Indian journal of veterinary science and animal husbandry - Volume 5,
Year: 1935
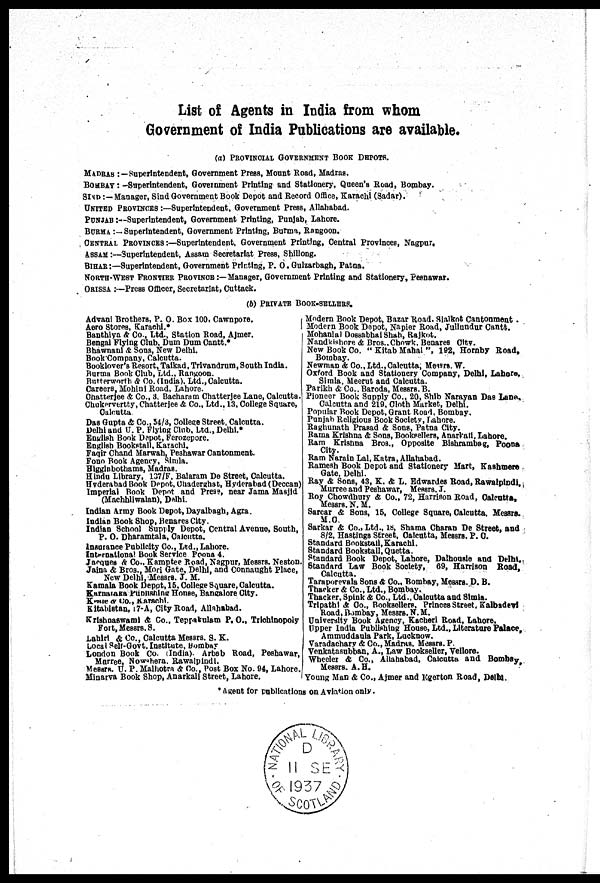
List of Agents in India from whom
Govearnment of India Publications are available.
(a) PROVINCIAL GOVERNMENT BOOK DEPOTS.
MADRAS :—Superintendent, Government Press, Mount Road, Madras.
BOMBAY :—Superintendent, Government Printing and Stationery, Queen's Road, Bombay.
SIND:— Manager, Sind Government Book Depot and Record Office, Karachi (Sadar).
UNITED PROVINCES :—Superintendent, Government Press, Allahabad.
PUNJAB :—Superintendent, Government Printing, Punjab, Lahore.
BURMA : — Superintendent, Government Printing, Burma, Rangoon.
CENTRAL PROVINCES :—Superintendent, Government Printing, Central Provinces, Nagpur.
ASSAM:—Superintendent, Assam Secretariat Press, Shillong.
BIHAR:—Superintendent, Government Printing, P. O. Gulzarbagh, Patna.
NORTH-WEST FRONTIER PROVINCE :—Manager, Government Printing and Stationery, Peshawar.
ORISSA :—Press Officer, Secretariat, Cuttack.
(b) PRIVATE BOOK-SELLERS.
Advani Brothers, P. O. Box 100, Cawnpore.
Aero Stores, Karachi.*
Banthiya & Co., Ltd., Station Road, Ajmer.
Bengal Flying Club, Dum Dum Cantt.*
Bhawnani & Sons, New Delhi.
Book Company, Calcutta.
Booklover's Resort.Taikad, Trivandrum, South India.
Burma Book Club, Ltd., Rangoon.
Butterworth & Co. (India). Ltd.,Calcutta.
Careers, Mohini Road, Lahore.
Chatterjee & Co., 3. Bacharam Chatterjee Lane, Calcutta.
Chukervertty, Chatterjee & Co., Ltd., 13, College Square,
Calcutta
Das Gupta & Co., 54/3, College Street, Calcutta.
Delhi and U. P. Flying Club, Ltd., Delhi.*
English Book Depot, Ferozepore.
English Bookstall, Karachi.
Faqir Chand Marwah, Peshawar Cantonment.
Fono Book Agency, Simla.
Higginbothams, Madras.
Hindu Library, 137/F. Balaram De Street, Calcutta.
Hyderabad Book Depot.Chaderghat, Hyderabad (Deccan)
Imperial Book Depot and Press, near Jama Masjid
(Machhliwalan), Delhi.
Indian Array Book Depot, Dayalbagh, Agra.
Indian Book Shop, Benares City.
Indian School Supply Depot, Central Avenue, South,
P. O. Dharamtala, Calcutta.
Insurance Publicity Co., Ltd., Lahore.
International Book Service Poona 4.
Jacques & Co.. Kamptee Road, Nagpur, Messrs. Neston.
Jaina & Bros., Mori Gate, Delhi, and Connaught Place,
New Delhi Messrs
J.
M.
Kamala Book Depot, 15, College Square, Calcutta.
Karnataka Publishing Bangalore City.
Kitabistan,17-A CityRoad, Allahabad.
Krishnaswami & Co., Teppakulam P.O., Trichinopoly
Fort.Messrs.S.
Lahiri & Co., Calcutta Messrs. S. K.
Local Self-Govt. Institute, Bombay
London Book Co. (India). Arbab Road, Peshawar,
Murree, Nowshera. Rawalpindi.
Messrs. U. P. Malhotra & Co., Post Box No. 94, Lahore.
Minarva Book Shop, Anarkali Street, Lahore.
Modern Book Depot, Bazar Road, Sialkot Cantonment.
Modern Book Depot, Napier Road, Jullundur Cantt.
Mohanlal Dossabhai Shah, Rajkot.
Nandkishore & Bros., Chowk, Benares City.
New Book Co. " Kitab Mahal ", 192, Hornby Road,
Bombay.
Newman & Co., Ltd., Calcutta, Messers. W.
Oxford Book and Stationery Company, Delhi, Lahore,
Simla, Meerut and Calcutta.
Parikh & Co., Baroda, Messrs. B.
Pioneer Book Supply Co., 20, Shib Narayan Das Lane.
Calcutta and 219, Cloth Market, Delhi.
Popular Book Depot, Grant Road, Bombay.
Punjab Religious Book Society, Lahore.
Raghunath Prasad & Sons, Patna City.
Rama Krishna & Sons, Booksellers, Anarkali, Lahore.
Ram Krishna Bros., Opposite Bishrambag, Poona
City.
Ram Narain Lal, Katra, Allahabad.
Ramesh Book Depot and Stationery Mart, Kashmere
Gate Delhi.
Ray & Sons, 43, K. & L. Edwardes Road, Rawalpindi,
Murree and Peshawar, Messrs. J.
Roy Chowdhury & Co., 72, Harrison Road, Calcutta,
Messrs. N. M.
Sarcar & Sons, 15, College Square, Calcutta, Messrs.
M. C.
Sarkar & Co., Ltd., 18, Shama Charan De Street, and
8/2, Hastings Street, Calcutta, Messrs. P. C.
Standard Bookstall Karachi.
Standard Bookstall, Quetta.
Standard Book Depot Lahore Dalhousie and Delhi.
Standard Law Book Society, 69, Harrison Road,
Calcutta.
Taraporevala Sons & Co.. Bombay, Messrs. D. B.
Thacker & Co., Ltd., Bombay.
Thacker, Spink & Co., Ltd., Calcutta and Simla.
Road, Bombay, Messrs. N. M.
University Book Agency, Kacheri Road, Lahore.
Upper India Publishing House, Ltd., Literature Palace,
Ammuddaula Park, Lacknow.
Varadachary & Co., Madras. Messrs. P.
Venkatasubban, A., Law Bookseller, Vellore.
Wheeler & Co., Allahabad, Calcutta and Bombay,
Messrs. A.H.
Young Man & Co., Ajmer and Egerton Road, Delhi.
*Agent for publications on Aviation only.